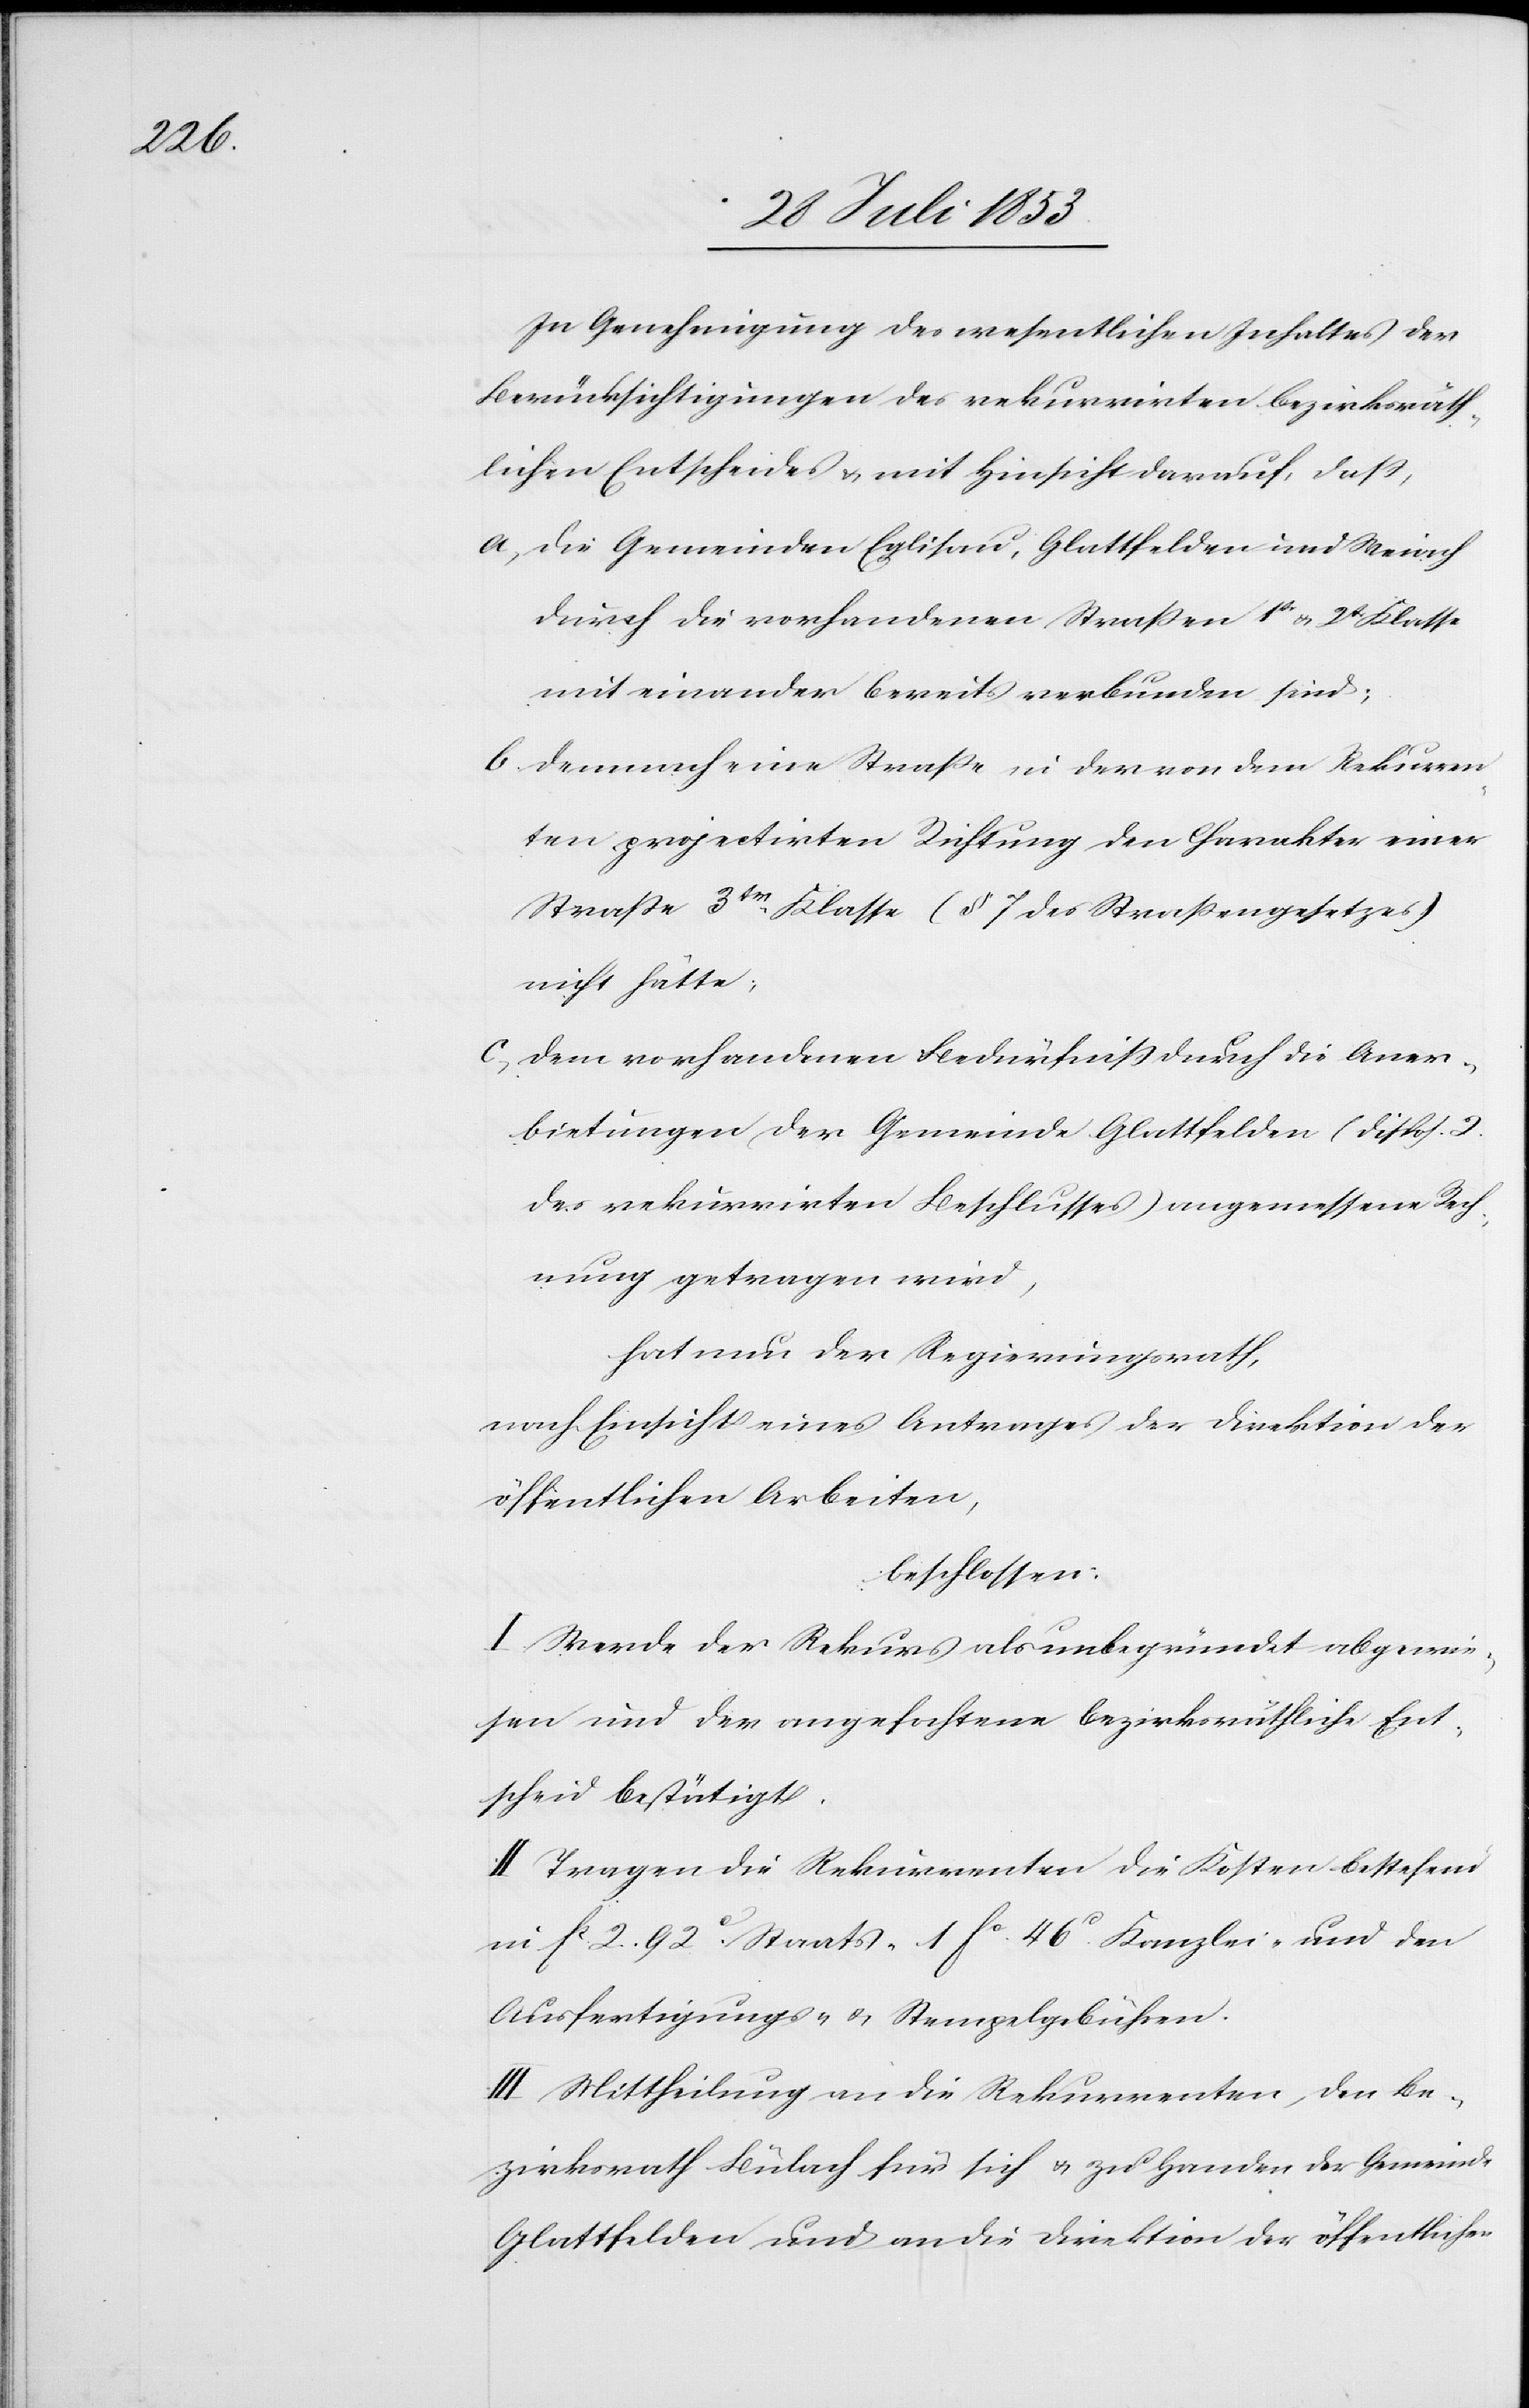
In Genehmigung des wesentlichen Inhaltes der
Berücksichtigungen des rekurrirten bezirksräth¬
lichen Entscheides u. mit Hinsicht darauf, daß,
a, Die Gemeinden Eglisau, Glattfelden und Weiach
durch die vorhandenen Straßen 1tr u. 2tr Klasse
mit einander bereits verbunden sind;
b, Demnach eine Straße in der von den Rekurren¬
ten projectirten Richtung den Charakter einer
Straße 3tr Klasse (§ 7 des Straßengesetzes)
nicht hätte;
c, Dem vorhandenen Bedürfniß durch die Aner¬
bietungen der Gemeinde Glattfelden (Disp. 2
des rekurrirten Beschlusses) angemessene Rech¬
nung getragen wird,
hat nun der Regierungsrath,
nach Einsicht eines Antrages der Direktion der
öffentlichen Arbeiten,
beschlossen:
I. Werde der Rekurs als unbegründet abgewie¬
sen und der angefochtene bezirksräthliche Ent¬
scheid bestätigt.
II. Tragen die Rekurrenten die Kosten bestehend
in fc 2.92c Staats- 1 fc 46c Kanzlei- und den
Ausfertigungs- u. Stempelgebühren.
III. Mittheilung an die Rekurrenten, den Be¬
zirksrath Bülach für sich u. zu Handen der Gemeinde
Glattfelden und an die Direktion der öffentlichen